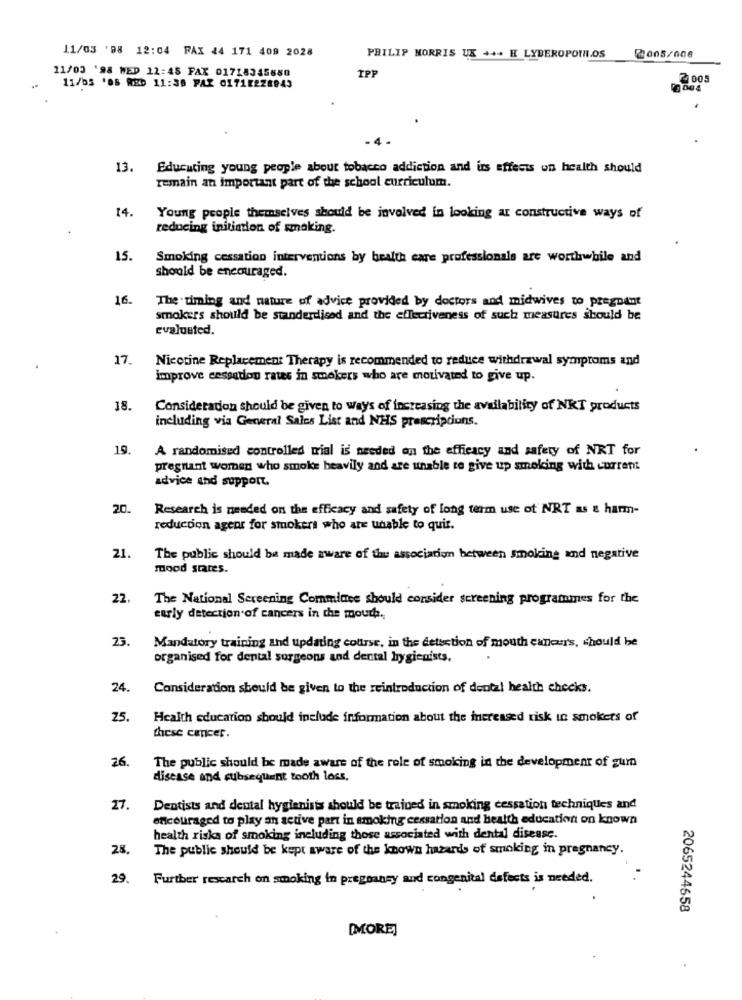
11/03 '98 12:04 FAX 24 171 409 2028
PHILIP MORRIS UX +++ H LYDEROPOULOS
2005/006
11/03 '98 WED 12:45 FAX 01718345680
TP
2 005
11/05 '08 RED 11:30 FAX 01712228045
13.
Educating young people about tobacco addiction and its effects on health should
remain an important part of the school curriculum.
14.
Young people themselves should be involved in looking at constructive ways of
reducing initinlon of smoking.
15.
Smoking cessation interventions by health care professionals are worthwhile and
should be encouraged.
16.
The timing and nature of advice provided by doctors and midwives to pregnant
smokers should be standerdised and the effectiveness of such measures should be
evaluated.
17.
Nicotine Replacement Therapy is recommended to reduce withdrawal symptoms and
improve cessation rates in smokers who are motivated to give up.
18.
Consideration should be given to ways of increasing the availability of NKT products
including via General Sales List and NHS prescriptions.
19.
A randomised controlled trial is needed on the efficacy and safety of NRT for
pregnant women who smoke heavily and are unable to give up smoking with current
advice and support.
20.
Research is needed on the efficacy and safety of long term use of NRT as & harm-
reduction ageor for smokers who are unable to quir.
21
The public should be made aware of the association between smoking and negative
mood states.
22.
The National Screening Commines should consider screening programmes for the
early detection of cancers in the mouth.
23.
Mandatory training and updating course, in the detection of mouth cancers, should he
organised for dental surgeons and dental hygienists.
24
Consideration should be given to the reintroduction of dental health checks.
25.
Health education should include information about the increased risk in smokets of
these cancer.
26.
The public should be made aware of the role of smoking in the development of gum
disease and subsequent tooth loss,
27.
Dentists and dental hygienists should be trained in smoking cessation techniques and
encouraged to play an active part in smoking cessation and health education on known
health risks of smoking including those associated with dental disease.
28
The public should be kept aware of the known hazards of smoking in pregnancy.
29.
Further research on smoking in pregnancy and congenital defects is needed.
2065244658
[MORE]